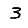
Digit: 3